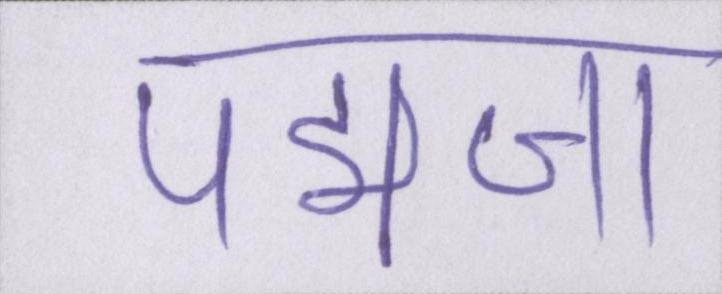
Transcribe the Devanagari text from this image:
पद्मजा